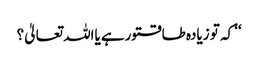
‘‘ کہ تو زیادہ طاقتورہے یااللہ تعالیٰ؟